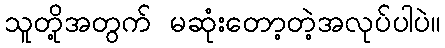
သူတို့အတွက် မဆုံးတော့တဲ့အလုပ်ပါပဲ။